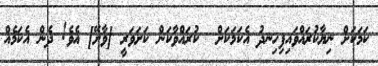
ކަމަކަށް ނިޔާކުރައްވައިފިހިނދު އެކަމަކަށް  ކުރައްވާކަން ކަށަވަރީ [ވާށޭ] އެވެ! ދެން އެކަމެއް